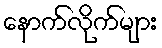
နောက်လိုက်များ